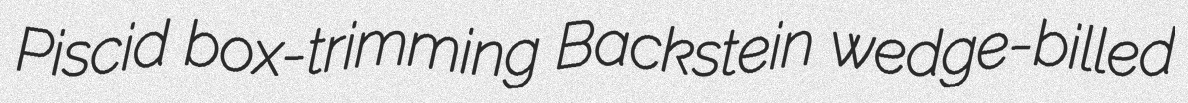
Piscid box-trimming Backstein wedge-billed